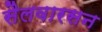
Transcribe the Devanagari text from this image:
सैलवारसन